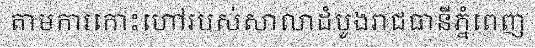
តាមការកោះហៅរបស់សាលាដំបូងរាជធានីភ្នំពេញ